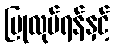
ပြုလုပ်ရန်နှင့်